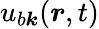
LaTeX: u_{b\boldsymbol k}(\boldsymbol r,t)